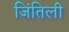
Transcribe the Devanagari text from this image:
जिंतिली